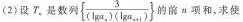
(2)设T_{n}、是数列 $$\left\{ \frac{3}{( \lg a_{n})( \lg \alpha _{n+1})} \right\}$$ 的前a项和，求使